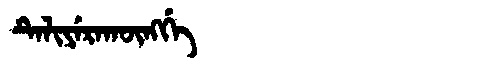
Manchu: ᡨᡝᠯᡳᠶᡝᡵᠠᡴᡡᠩᡤᡝ
Romanization: TELIYERAKŪNGGE